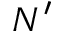
N ^ { \prime }